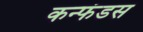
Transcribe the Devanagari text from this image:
कन्फंडस